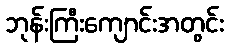
ဘုန်းကြီးကျောင်းအတွင်း